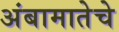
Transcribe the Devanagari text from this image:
अंबामातेचे